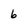
Character: 6